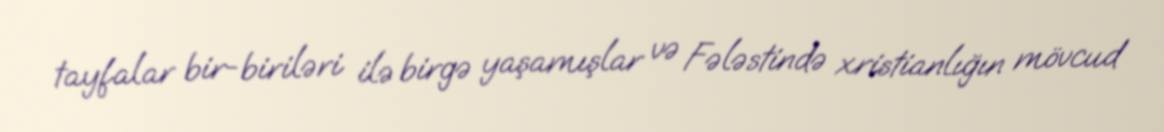
tayfalar bir-biriləri ilə birgə yaşamışlar və Fələstində xristianlığın mövcud